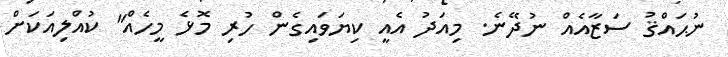
ނުޙައްޤު ސަޒާއެއް ނުދޭނެ. މިއަދު އެއީ ކިޔަވައިގެން ހުރި މޮޅެ މީހެއް" ކުއްލިއަކަށް